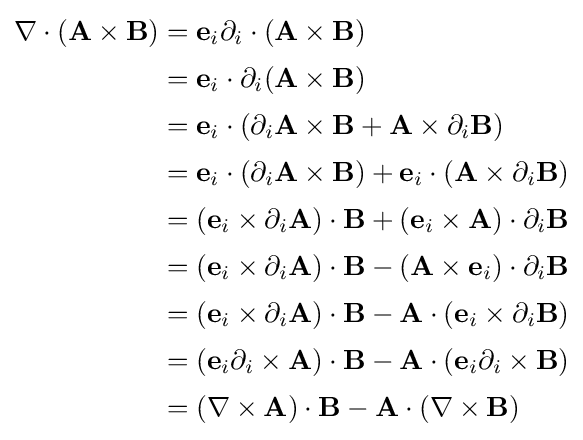
{\begin{aligned}\nabla \cdot (\mathbf {A} \times \mathbf {B} )&=\mathbf {e} _{i}\partial _{i}\cdot (\mathbf {A} \times \mathbf {B} )\\[2pt]&=\mathbf {e} _{i}\cdot \partial _{i}(\mathbf {A} \times \mathbf {B} )\\[2pt]&=\mathbf {e} _{i}\cdot (\partial _{i}\mathbf {A} \times \mathbf {B} +\mathbf {A} \times \partial _{i}\mathbf {B} )\\[2pt]&=\mathbf {e} _{i}\cdot (\partial _{i}\mathbf {A} \times \mathbf {B} )+\mathbf {e} _{i}\cdot (\mathbf {A} \times \partial _{i}\mathbf {B} )\\[2pt]&=(\mathbf {e} _{i}\times \partial _{i}\mathbf {A} )\cdot \mathbf {B} +(\mathbf {e} _{i}\times \mathbf {A} )\cdot \partial _{i}\mathbf {B} \\[2pt]&=(\mathbf {e} _{i}\times \partial _{i}\mathbf {A} )\cdot \mathbf {B} -(\mathbf {A} \times \mathbf {e} _{i})\cdot \partial _{i}\mathbf {B} \\[2pt]&=(\mathbf {e} _{i}\times \partial _{i}\mathbf {A} )\cdot \mathbf {B} -\mathbf {A} \cdot (\mathbf {e} _{i}\times \partial _{i}\mathbf {B} )\\[2pt]&=(\mathbf {e} _{i}\partial _{i}\times \mathbf {A} )\cdot \mathbf {B} -\mathbf {A} \cdot (\mathbf {e} _{i}\partial _{i}\times \mathbf {B} )\\[2pt]&=(\nabla \times \mathbf {A} )\cdot \mathbf {B} -\mathbf {A} \cdot (\nabla \times \mathbf {B} )\end{aligned}}